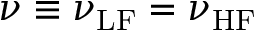
\nu \equiv \nu _ { \mathrm { L F } } = \nu _ { \mathrm { H F } }